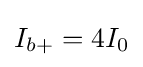
I_{b+}=4I_{0}